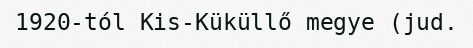
1920-tól Kis-Küküllő megye (jud.